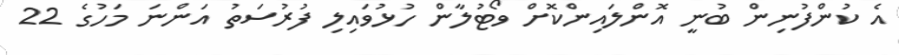
އެ ކުންފުނިން ބުނީ އޮންލައިންކޮށް ވޯޓުލާން ހުޅުވައިލި ފުރުސަތު އަންނަ މަހުގެ 22